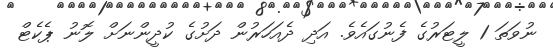
ނުވަތަ 1 ލީޓަރުގެ ފެނުގައެވެ. އަދި ދެއަހަރުން ދަށުގެ ކުދީންނަށް ލޮނު ޕެކެޓް